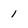
Character: 1